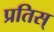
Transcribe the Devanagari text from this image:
प्रतिस्